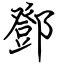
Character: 鄧